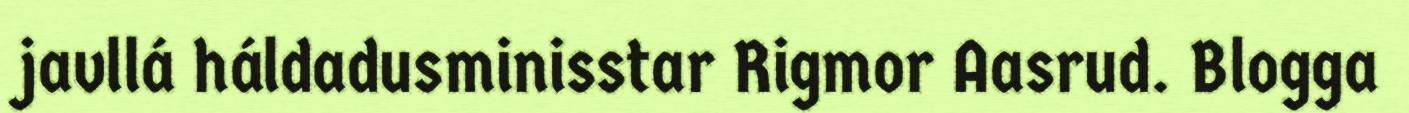
javllá háldadusminisstar Rigmor Aasrud. Blogga